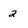
Character: 2